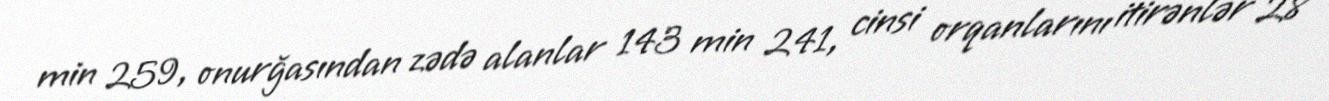
min 259, onurğasından zədə alanlar 143 min 241, cinsi orqanlarını itirənlər 28